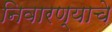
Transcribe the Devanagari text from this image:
निवारण्याचे